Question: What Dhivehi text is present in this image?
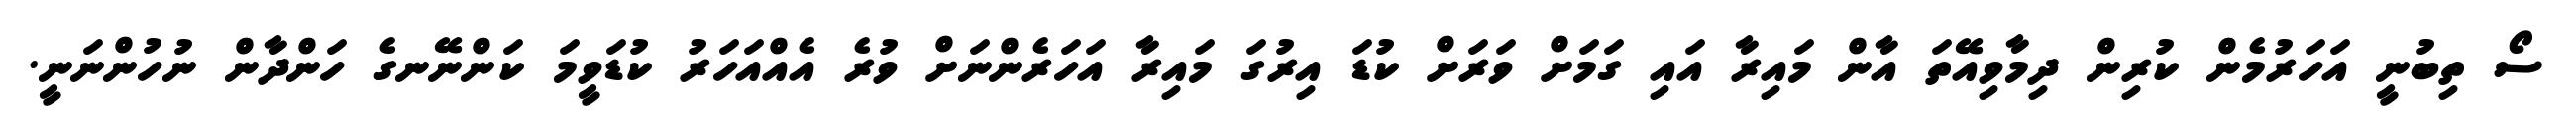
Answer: ސޯ ތިބުނީ އަހަރުމެން ކުރިން ދިމާވިއޭތަ އާން މައިރާ އައި ގަމަށް ވަރަށް ކުޑަ އިރުގަ މައިރާ އަހަރެންނަށް ވުރެ އެއްއަހަރު ކުޑަވީމަ ކަންނޭނގެ ހަންދާން ނުހުންނަނީ.